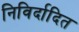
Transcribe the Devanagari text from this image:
निविर्दादित